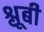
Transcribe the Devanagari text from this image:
श्लूबी